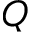
Q